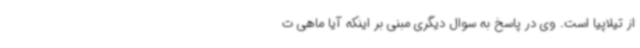
از تیلاپیا است. وی در پاسخ به سوال دیگری مبنی بر اینکه آیا ماهی ت